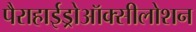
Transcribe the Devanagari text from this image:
पैराहाईड्रोऑक्सीलोशन